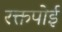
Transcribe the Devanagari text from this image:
रक्तपोई